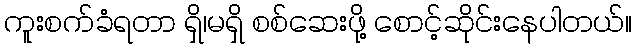
ကူးစက်ခံရတာ ရှိ၊မရှိ စစ်ဆေးဖို့ စောင့်ဆိုင်းနေပါတယ်။